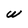
Character: w